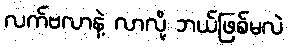
လက်ဗလာနဲ့ လာလို့ ဘယ်ဖြစ်မလဲ